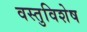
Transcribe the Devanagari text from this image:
वस्तुविशेष